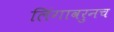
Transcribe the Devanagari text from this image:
लिंगावरुनच